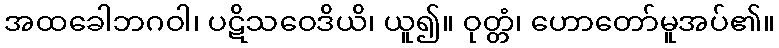
အထခေါဘဂဝါ၊ ပဋိသဝေဒိယိ၊ ယူ၍။ ဝုတ္တံ၊ ဟောတော်မူအပ်၏။